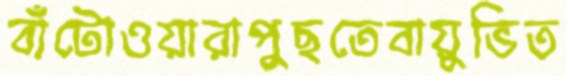
বাঁটোওয়ারাপুছতেবায়ুভিত